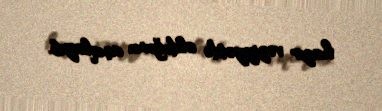
hazır vəziyyətdə olduğunu açıqlayıb.